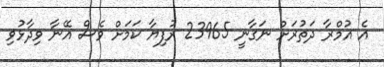
އެ އުމްރާ ދަތުރަށް ނަގާނީ 23965 ރުފިޔާ ކަމަށް ވެސް އޭނާ ވިދާޅުވި